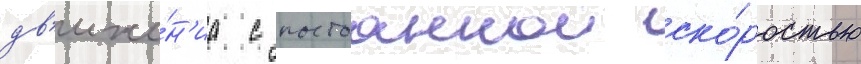
дв'иже́н'иа с постоаннои ско́ростью